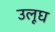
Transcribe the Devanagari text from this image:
उलूघ